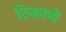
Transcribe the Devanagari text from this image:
ठिकाणें